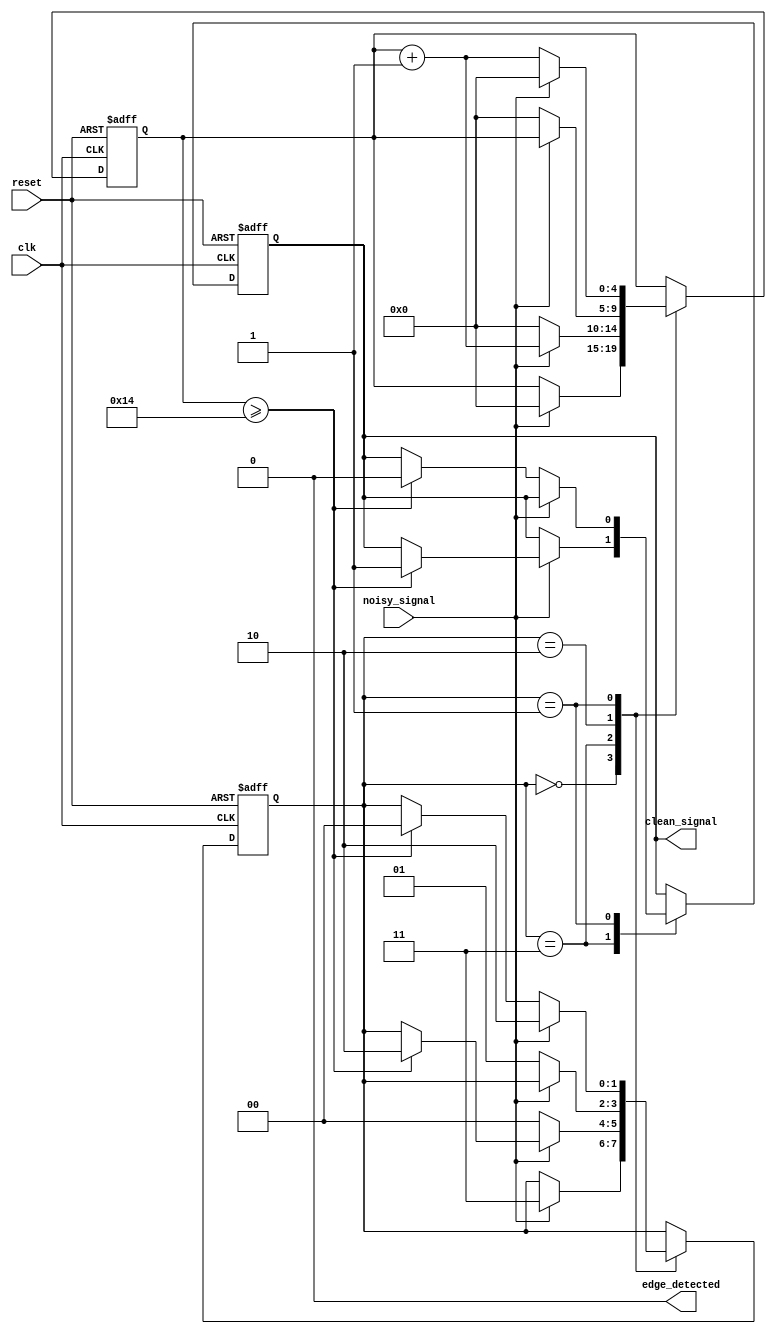
module debounced_edge_detector (
    input wire clk,               // Clock input
    input wire reset,             // Asynchronous reset
    input wire noisy_signal,      // Noisy input signal
    output reg clean_signal,      // Clean output signal
    output reg edge_detected      // Edge detected signal (1 for rising, 0 for falling)
);

// Parameters
parameter DEBOUNCE_TIME = 20;   // Define debounce time (in clock cycles)

// State variables
reg [1:0] state;                 // Current state of the input signal (00 - stable low, 01 - transient low, 10 - stable high, 11 - transient high)
reg [4:0] debounce_counter;      // Counter for debouncing

// State encoding
localparam STABLE_LOW   = 2'b00;
localparam TRANS_LOW    = 2'b01;
localparam STABLE_HIGH  = 2'b10;
localparam TRANS_HIGH   = 2'b11;

// Initial state
initial begin
    state = STABLE_LOW;
    clean_signal = 0;
    edge_detected = 0;
    debounce_counter = 0;
end

// Main logic
always @(posedge clk or posedge reset) begin
    if (reset) begin
        // Reset state
        state <= STABLE_LOW;
        clean_signal <= 0;
        edge_detected <= 0;
        debounce_counter <= 0;
    end else begin
        case (state)
            STABLE_LOW: begin
                if (noisy_signal) begin
                    // Transition to high state
                    state <= TRANS_HIGH;
                    debounce_counter <= 0; // Reset counter
                end
            end
            
            TRANS_HIGH: begin
                if (noisy_signal) begin
                    // Increment debounce counter
                    debounce_counter <= debounce_counter + 1;
                    if (debounce_counter >= DEBOUNCE_TIME) begin
                        state <= STABLE_HIGH;
                        clean_signal <= 1; // Update clean signal
                        edge_detected <= 1; // Rising edge detected
                    end
                end else begin
                    // If the signal goes low before debounce time is reached
                    state <= STABLE_LOW;
                    debounce_counter <= 0; // Reset counter
                end
            end
            
            STABLE_HIGH: begin
                if (~noisy_signal) begin
                    // Transition to low state
                    state <= TRANS_LOW;
                    debounce_counter <= 0; // Reset counter
                end
            end
            
            TRANS_LOW: begin
                if (~noisy_signal) begin
                    // Increment debounce counter
                    debounce_counter <= debounce_counter + 1;
                    if (debounce_counter >= DEBOUNCE_TIME) begin
                        state <= STABLE_LOW;
                        clean_signal <= 0; // Update clean signal
                        edge_detected <= 1; // Falling edge detected
                    end
                end else begin
                    // If the signal goes high before debounce time is reached
                    state <= STABLE_HIGH;
                    debounce_counter <= 0; // Reset counter
                end
            end
        endcase
    end
end

// Clear edge_detected after one clock cycle
always @(posedge clk or posedge reset) begin
    if (reset) begin
        edge_detected <= 0;
    end else begin
        if (edge_detected) begin
            // Clear edge detected signal after a clock cycle
            edge_detected <= 0;
        end
    end
end

endmodule